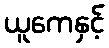
ယူကေနှင့်